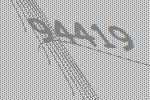
94419